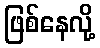
ဖြစ်နေလို့